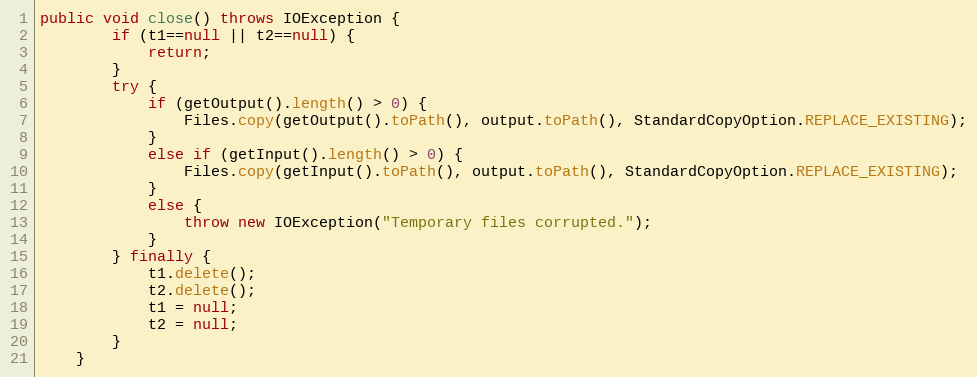
Language: Java
public void close() throws IOException {
		if (t1==null || t2==null) {
			return;
		}
		try {
			if (getOutput().length() > 0) {
				Files.copy(getOutput().toPath(), output.toPath(), StandardCopyOption.REPLACE_EXISTING);
			}
			else if (getInput().length() > 0) {
				Files.copy(getInput().toPath(), output.toPath(), StandardCopyOption.REPLACE_EXISTING);
			}
			else {
				throw new IOException("Temporary files corrupted.");
			}
		} finally {
			t1.delete();
			t2.delete();
			t1 = null;
			t2 = null;
		}
	}